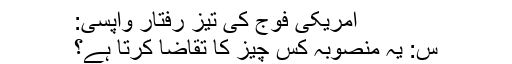
امریکی فوج کی تیز رفتار واپسی:
س: یہ منصوبہ کس چیز کا تقاضا کرتا ہے؟